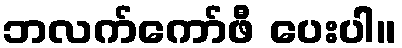
ဘလက်ကော်ဖီ ပေးပါ။